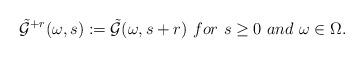
LaTeX: \begin{align*}\tilde{\mathcal{G}}^{+r}(\omega,s):=\tilde{\mathcal{G}}(\omega,s+r) \ for \ s\geq 0 \ and \ \omega\in\Omega.\end{align*}